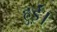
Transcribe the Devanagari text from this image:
हुई़ं।